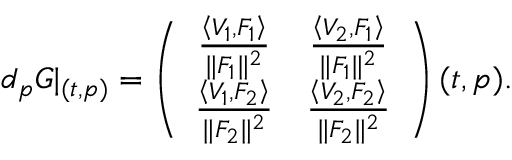
d _ { p } G \vert _ { ( t , p ) } = \left( \begin{array} { c c } { \frac { \left\langle V _ { 1 } , F _ { 1 } \right\rangle } { \| F _ { 1 } \| ^ { 2 } } } & { \frac { \left\langle V _ { 2 } , F _ { 1 } \right\rangle } { \| F _ { 1 } \| ^ { 2 } } } \\ { \frac { \left\langle V _ { 1 } , F _ { 2 } \right\rangle } { \| F _ { 2 } \| ^ { 2 } } } & { \frac { \left\langle V _ { 2 } , F _ { 2 } \right\rangle } { \| F _ { 2 } \| ^ { 2 } } } \end{array} \right) ( t , p ) .